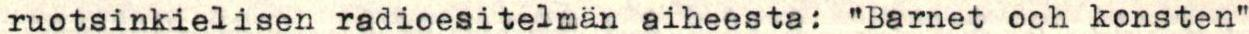
ruotsinkielisen radioesitelmän aiheesta: "Barnet och konsten"